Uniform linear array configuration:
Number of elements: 32
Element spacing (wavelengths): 0.75
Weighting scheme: cosine
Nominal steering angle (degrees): -60
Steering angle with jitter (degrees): -61.632
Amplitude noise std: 0.05
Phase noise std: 0.05

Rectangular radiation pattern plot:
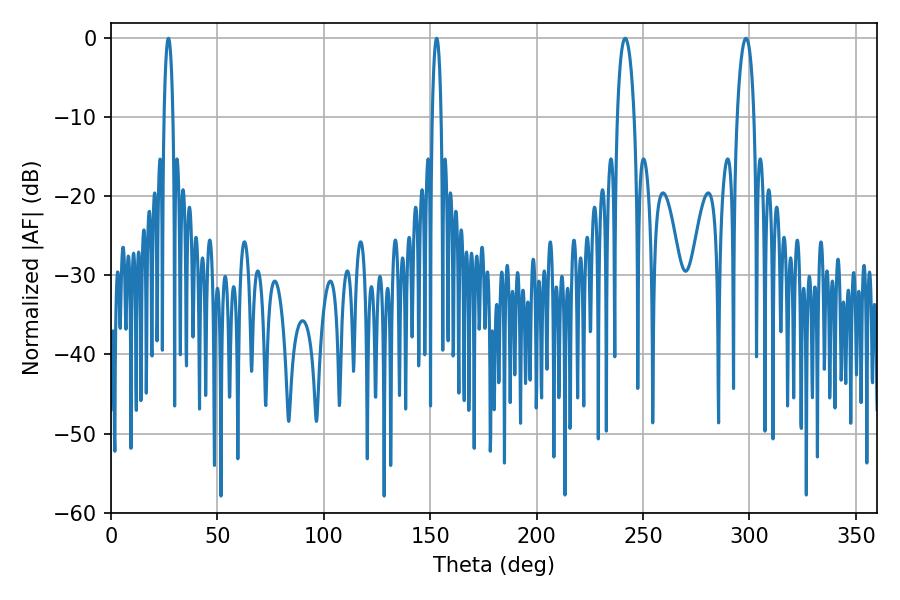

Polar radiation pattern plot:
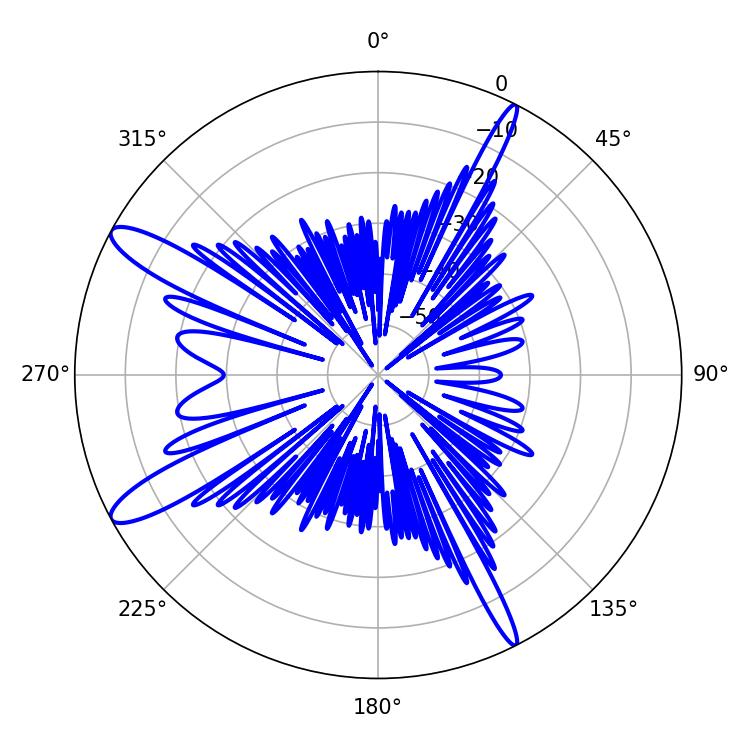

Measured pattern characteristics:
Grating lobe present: TRUE
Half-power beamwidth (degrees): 2.16
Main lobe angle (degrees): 27